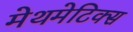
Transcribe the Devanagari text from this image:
मेथमेटिक्स